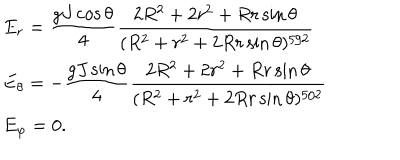
\begin{array} { l } { { E _ { r } = \displaystyle \frac { g J \cos \theta } { 4 } \frac { 2 R ^ { 2 } + 2 r ^ { 2 } + R r \sin \theta } { ( R ^ { 2 } + r ^ { 2 } + 2 R r \sin \theta ) ^ { 5 / 2 } } \ ~ ~ } } \\ { { E _ { \theta } = - \displaystyle \frac { g J \sin \theta } { 4 } \frac { 2 R ^ { 2 } + 2 r ^ { 2 } + R r \sin \theta } { ( R ^ { 2 } + r ^ { 2 } + 2 R r \sin \theta ) ^ { 5 / 2 } } \ } } \\ { { E _ { \varphi } = 0 . } } \\ \end{array}